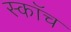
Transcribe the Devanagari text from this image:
स्काॅच